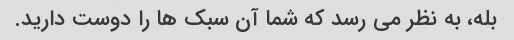
بله، به نظر می رسد که شما آن سبک ها را دوست دارید.